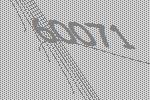
60071